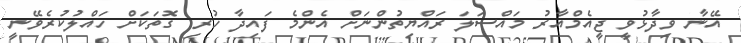
އޭނާ ވިދާޅުވީ ޖީއެމްއާރު މައްސަލަ ރައްޔިތުންނަށް އެންމެ ފައިދާ ހުރި ގޮތަކަށް ހައްލުކުރެވޭނީ